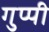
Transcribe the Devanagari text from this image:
गुप्पी